Rules and regulations of the Bombay Veterinary College
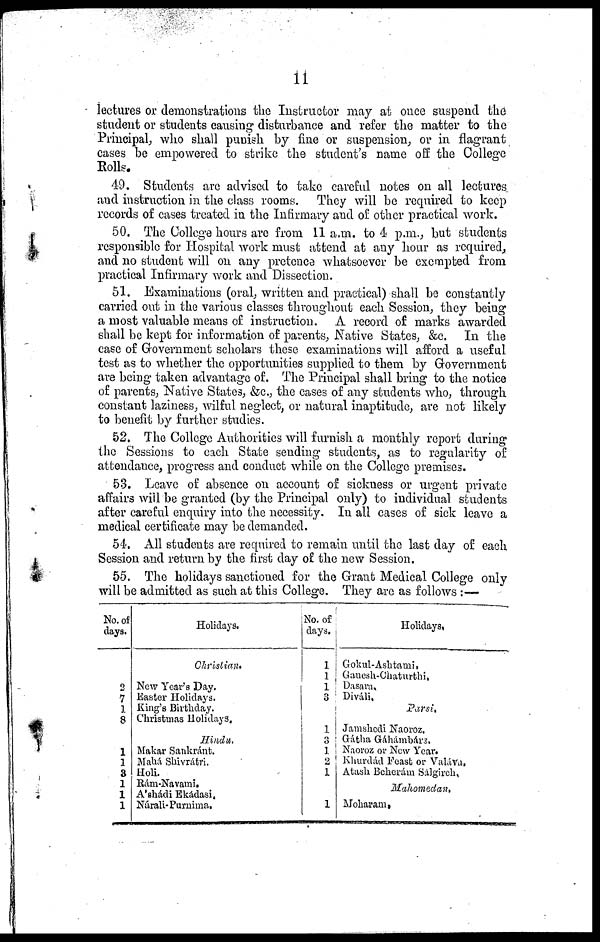
11
lectures or demonstrations the Instructor may at once suspend the
student or students causing disturbance and refer the matter to the
Principal, who shall punish by fine or suspension, or in flagrant
cases be empowered to strike the student's name off the College
Rolls.
49. Students are advised to take careful notes on all lectures
and instruction in the class rooms. They will be required to keep
records of cases treated in the Infirmary and of other practical work.
50. The College hours are from 11 a.m. to 4 p.m., but students
responsible for Hospital work must attend at any hour as required,
and no student will on any pretence whatsoever be exempted from
practical Infirmary work and Dissection.
51. Examinations (oral, written and practical) shall be constantly
carried out in the various classes throughout each Session, they being
a most valuable means of instruction. A record of marks awarded
shall be kept for information of parents, Native States, &c. In the
case of Government scholars these examinations will afford a useful
test as to whether the opportunities supplied to them by Government
are being taken advantage of. The Principal shall bring to the notice
of parents, Native States, &c., the cases of any students who, through
constant laziness, wilful neglect, or natural inaptitude, are not likely
to benefit by further studies.
52. The College Authorities will furnish a monthly report during
the Sessions to each State sending students, as to regularity of
attendance, progress and conduct while on the College premises.
53. Leave of absence on account of sickness or urgent private
affairs will be granted (by the Principal only) to individual students
after careful enquiry into the necessity. In all cases of sick leave a
medical certificate may be demanded.
54. All students are required to remain until the last day of each
Session and return by the first day of the new Session.
55. The holidays sanctioned for the Grant Medical College only
will be admitted as such at this College. They are as follows :—
No. of
days.
2
7
1
8
1
1
3
1
1
1
Holidays.
Christian
New Year's Day.
Easter Holidays.
King's Birthday.
Christmas Holidays.
Hindu,
Makar Sankránt.
Mahá Shivrátri.
Holi.
Rám-Navami.
Ashádi Ekádasi.
Nárali- Purnima.
No. of
days.
1
1
1
3
1
1
2
1
1
Holidays,
Gokul-Ashtami.
Ganesh-Chaturthi,
Dasara.
Diváli,
Parsi.
Jamshedi Naoroz,
Gátha Gáhámbárs.
Naoroz or New Year.
Khurdád Feast or Valáva.
Atash Beherám Sálgirch,
Mahomedan,
Moharam,